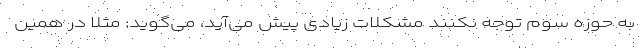
به حوزه سوم توجه نکنند مشکلات زیادی پیش می‌آید، می‌گوید: مثلا در همین